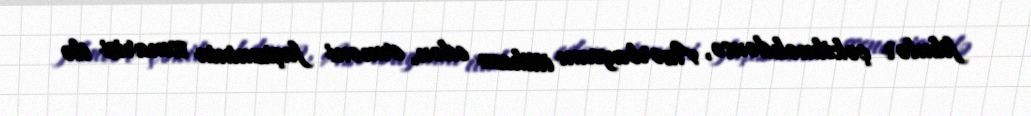
filmlər çəkilməkdənsə, Azərbaycanı ittiham edən, erməni faşizminin ssenarisi ilə